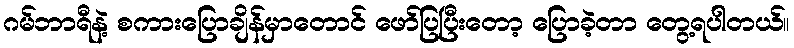
ဂမ်ဘာရီနဲ့ စကားပြောချိန်မှာတောင် ဖော်ပြပြီးတော့ ပြောခဲ့တာ တွေ့ရပါတယ်။